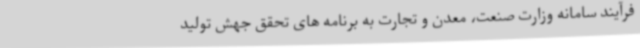
فرآیند سامانه وزارت صنعت، معدن و تجارت به برنامه های تحقق جهش تولید